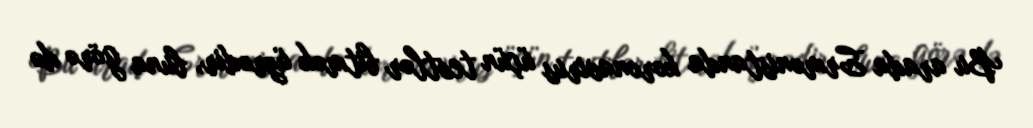
Bu arada Ermənistanda koronavirus üçün testlər bitmək üzrədir, buna görə də